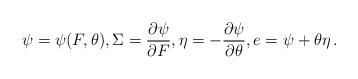
LaTeX: \begin{align*}\psi=\psi(F,\theta),\Sigma=\frac{\partial\psi}{\partial F},\eta=-\frac{\partial\psi}{\partial\theta},e=\psi+\theta\eta \, .\end{align*}